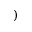
)